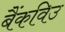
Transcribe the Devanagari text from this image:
बैंकविउ